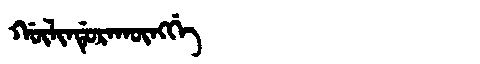
Manchu: ᡤᡡᠯᡳᠨᡩᡠᡵᠠᡴᡡᠩᡤᡝ
Romanization: GŪLINDURAKŪNGGE